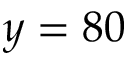
y = 8 0